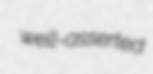
well-asserted